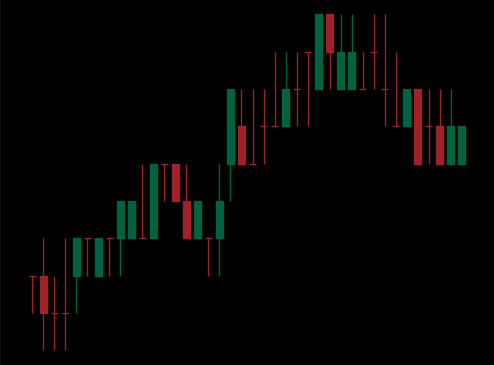
Pattern: bear_flag